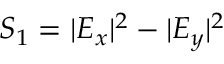
S _ { 1 } = | E _ { x } | ^ { 2 } - | E _ { y } | ^ { 2 }